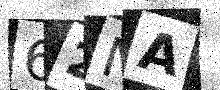
Text: 62NA